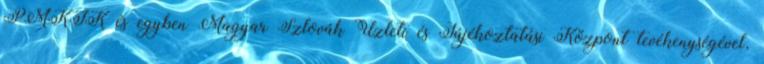
PMKIK és egyben Magyar–Szlovák Üzleti és Tájékoztatási Központ tevékenységével,